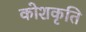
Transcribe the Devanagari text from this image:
कोशकृति